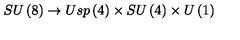
S U \left( 8 \right) \rightarrow U s p \left( 4 \right) \times S U \left( 4 \right) \times U \left( 1 \right)